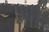
જૂઇશ